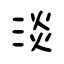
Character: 淡